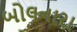
બોલનારા